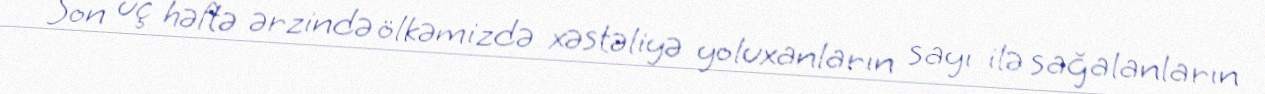
Son üç həftə ərzində ölkəmizdə xəstəliyə yoluxanların sayı ilə sağalanların